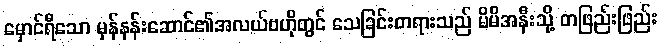
မှောင်ရီသော မှန်နန်းဆောင်၏အလယ်ဗဟိုတွင် သေခြင်းတရားသည် မိမိအနီးသို့ တဖြည်းဖြည်း